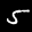
Label: 5